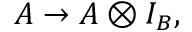
A \rightarrow A \otimes I _ { B } ,